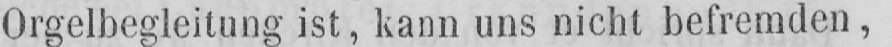
Orgelbegleitung ist, kann uns nicht befremden,